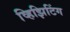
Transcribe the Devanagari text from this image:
व्हिझिटिंग